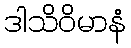
ဒါသိဝိမာနံ